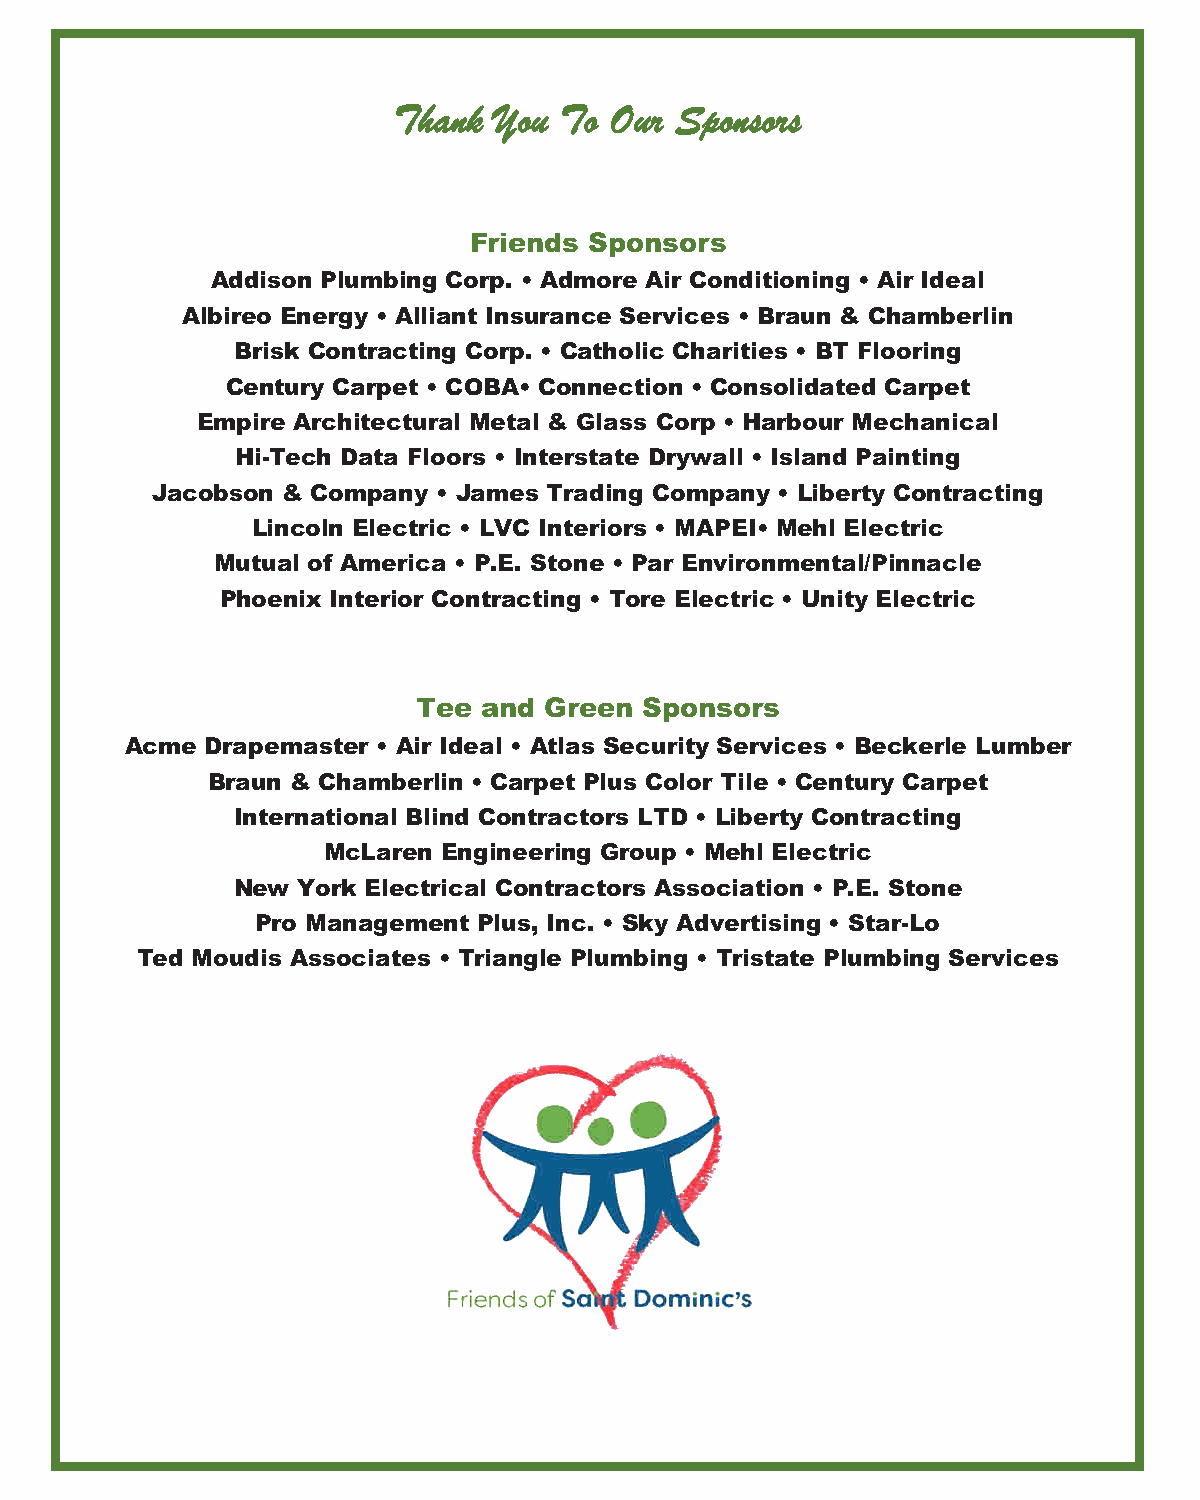
TThhaannkk YYoouu TToo OOuurr SSppoonnssoorrss
 Friends Sponsors
 Addison Plumbing Corp. • Admore Air Conditioning • Air Ideal
 Albireo Energy • Alliant Insurance Services • Braun & Chamberlin
 Brisk Contracting Corp. • Catholic Charities • BT Flooring
 Century Carpet • COBA• Connection • Consolidated Carpet
 Empire Architectural Metal & Glass Corp • Harbour Mechanical
 Hi-Tech Data Floors • Interstate Drywall • Island Painting
 Jacobson & Company • James Trading Company • Liberty Contracting
 Lincoln Electric • LVC Interiors • MAPEI• Mehl Electric
 Mutual of America • P.E. Stone • Par Environmental/Pinnacle
 Phoenix Interior Contracting • Tore Electric • Unity Electric
 Tee and Green  Sponsors
 Acme  Drapemaster • Air Ideal • Atlas Security Services • Beckerle Lumber
 Braun & Chamberlin • Carpet Plus Color Tile • Century Carpet
 International Blind Contractors LTD • Liberty Contracting
 McLaren Engineering Group • Mehl Electric
 New  York Electrical Contractors Association • P.E. Stone
 Pro Management Plus, Inc. • Sky Advertising • Star-Lo
 Ted Moudis Associates • Triangle Plumbing • Tristate Plumbing Services